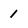
Character: 1